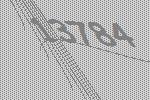
13784